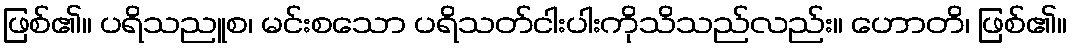
ဖြစ်၏။ ပရိသညူစ၊ မင်းစသော ပရိသတ်ငါးပါးကိုသိသည်လည်း။ ဟောတိ၊ ဖြစ်၏။